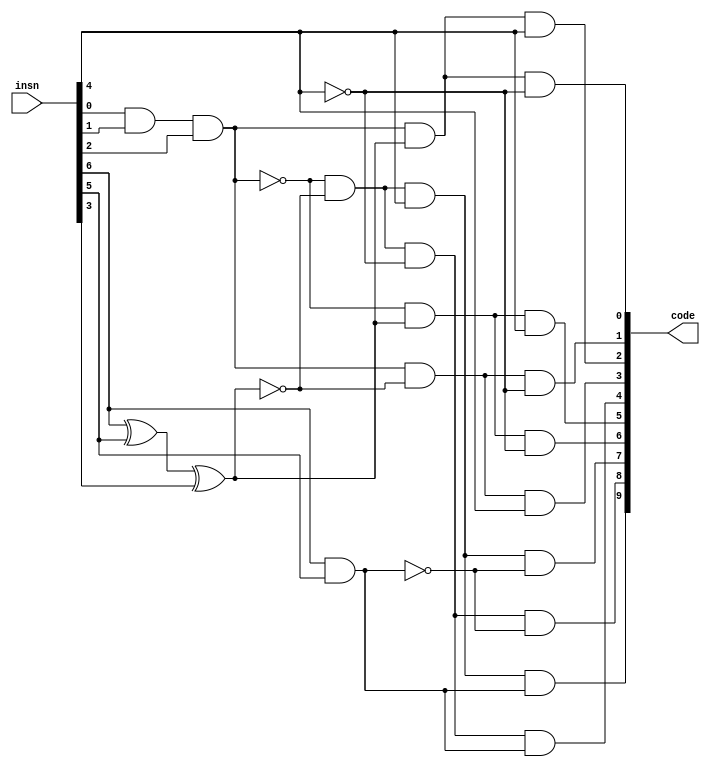
module OPDecoder (
    input [31:0] insn,
    output [9:0] code
);
wire WU0, WU1, WU2;

    // AND de sada de cada instruo. Gera 1 somente se o OPCODE de insn for o da respectiva instruo.
    and A0 (code[0], WU0, WU1, ~insn[4]); // 1101111 J
    and A1 (code[1], WU0, ~WU1, ~insn[4]); // 1100111 I JARL
    and A2 (code[2], WU0, WU1, insn[4]); // 0110111 U LUI 
    and A3 (code[3], WU0, ~WU1, insn[4]); // 0010111 U AUIPC
    and A4 (code[4], ~WU0, ~WU1, ~insn[4], WU2); // 1100011 B
    and A5 (code[5], ~WU0, WU1, insn[4]); // 0110011 R
    and A6 (code[6], ~WU0, WU1, ~insn[4]); // 0100011 S
    and A7 (code[7], ~WU0, ~WU1, insn[4], ~WU2); // 0010011 I ALU
    and A8 (code[8], ~WU0, ~WU1, ~insn[4], ~WU2); // 0000011 I LOAD
    and A9 (code[9], ~WU0, ~WU1, insn[4], WU2); // 1110011 I CSR

    //Unidade 0. AND dos 3 LSB de insn
    and U0 (WU0, insn[0], insn[1], insn[2]);

    //Unidade 1. Xor dos bits 6,5 e 3 do insn
    xor U1 (WU1, insn[6], insn[5], insn[3]);

    //Unidade 2. And dos bits 6 e 5 do insn
    and U2 (WU2, insn[6], insn[5]);

endmodule